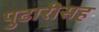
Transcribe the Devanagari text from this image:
पुढारीसह